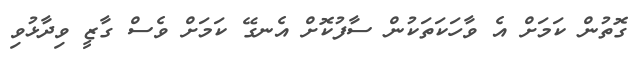
ގޮތުން ކަމަށް އެ ވާހަކަތަކުން ސާފުކޮށް އެނގޭ ކަމަށް ވެސް ގާޒީ ވިދާޅުވި